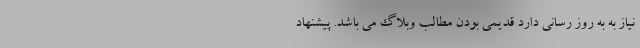
نیاز به به روز رسانی دارد قدیمی بودن مطالب وبلاگ می باشد. پیشنهاد